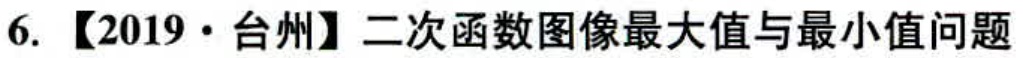
6. 【2019·台州】二次函数图像最大值与最小值问题